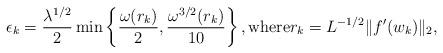
LaTeX: \begin{align*} \epsilon_k = \frac{\lambda^{1/2}}{2} \min\left\{ \frac{\omega(r_k)}{2}, \frac{\omega^{3/2}(r_k)}{10} \right\}, \mbox{where}r_k = L^{-1/2} \|f'(w_k)\|_2 ,\end{align*}